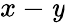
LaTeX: x-\mathit{y}